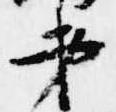
第